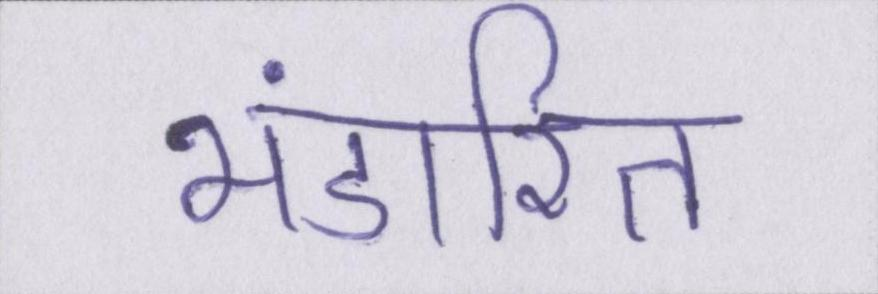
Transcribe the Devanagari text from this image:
भंडारित